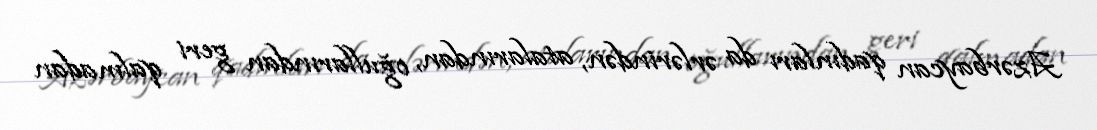
Azərbaycan qadınları da ərlərindən, atalarından, oğullarından geri qalmadan